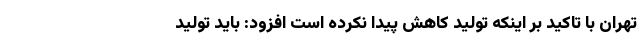
تهران با تاکید بر اینکه تولید کاهش پیدا نکرده است افزود: باید تولید